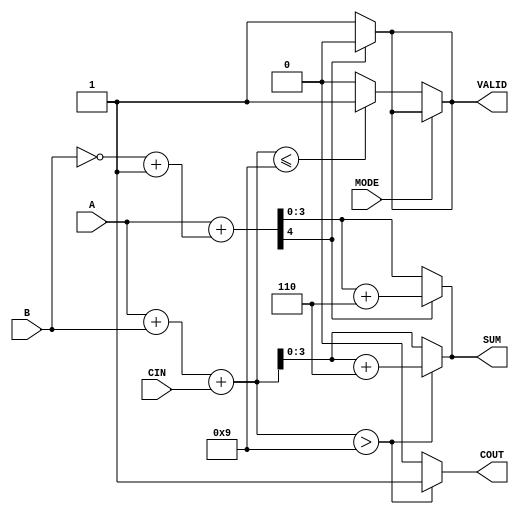
module BCD_Add_Subtracter (
    input  wire [3:0] A,      // First BCD operand
    input  wire [3:0] B,      // Second BCD operand
    input  wire MODE,         // Mode: 0 for addition, 1 for subtraction
    input  wire CIN,          // Carry-in for addition
    output reg  [3:0] SUM,    // BCD result
    output reg  COUT,         // Carry-out for addition
    output reg  VALID         // Valid BCD output
);

    wire [4:0] sum;           // 5-bit sum to accommodate carry
    wire [4:0] sub;           // 5-bit result for subtraction
    wire [4:0] corrected_sum; // Corrected sum for BCD
    wire [4:0] corrected_sub; // Corrected subtraction result

    // Perform binary addition
    assign sum = A + B + CIN;

    // Perform binary subtraction (A - B)
    assign sub = A + (~B + 1'b1); // Two's complement of B

    // BCD correction for addition
    assign corrected_sum = sum + 5'b00110; // Add 6 if sum > 9
    always @(*) begin
        if (sum > 5'b01001) begin
            SUM = corrected_sum[3:0]; // Take lower 4 bits
            COUT = 1'b1;               // Set carry-out
        end else begin
            SUM = sum[3:0];           // Valid BCD result
            COUT = 1'b0;               // No carry-out
        end
    end

    // BCD correction for subtraction
    always @(*) begin
        if (sub[4] == 1'b1) begin // Check if the result is negative
            corrected_sub = sub + 5'b00110; // Add 6 to correct
            SUM = corrected_sub[3:0]; // Take lower 4 bits
            VALID = 1'b0;              // Not a valid BCD
        end else begin
            SUM = sub[3:0];           // Valid BCD result
            VALID = 1'b1;              // Valid BCD
        end
    end

    // Determine VALID output based on operation mode
    always @(*) begin
        if (MODE == 1'b0) begin // Addition
            VALID = (sum <= 5'b01001) ? 1'b1 : 1'b0; // Check if valid BCD
        end else begin // Subtraction
            VALID = (sub[4] == 1'b0) ? 1'b1 : 1'b0; // Check if valid BCD
        end
    end

endmodule